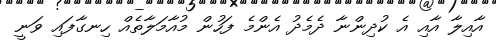
އާއިލާ އާއި އެ ކުދިންނާ ދެމެދު އެންމެ ފަހުން މުއާމަލާތެއް ހިނގާފައި ވަނީ